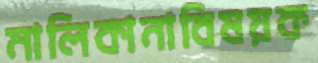
মালিকানাবিষয়ক